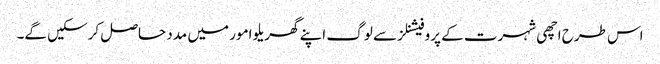
اس طرح اچھی شہرت کے پروفیشنلز سے لوگ اپنے گھریلو امور میں مدد حاصل کرسکیں گے۔